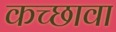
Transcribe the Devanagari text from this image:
कच्छावा